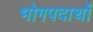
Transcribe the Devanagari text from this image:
भोगपदार्थो